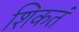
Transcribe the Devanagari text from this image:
शिकतं